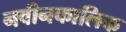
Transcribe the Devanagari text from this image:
नवीनकालिक